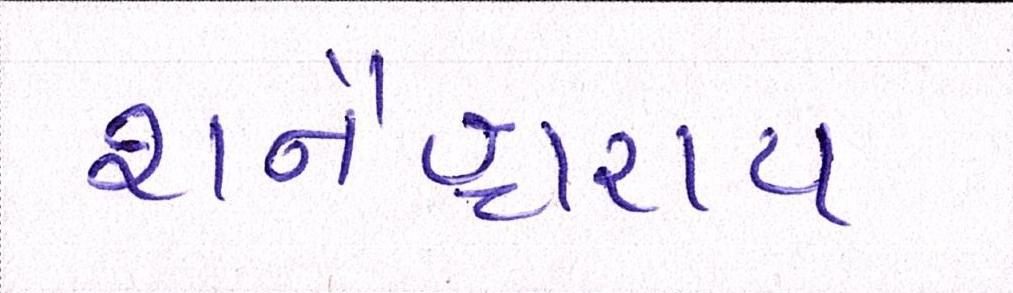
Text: શનૈશ્ચરાય